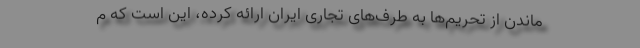
ماندن از تحریم‌ها به طرف‌های تجاری ایران ارائه کرده، این است که م